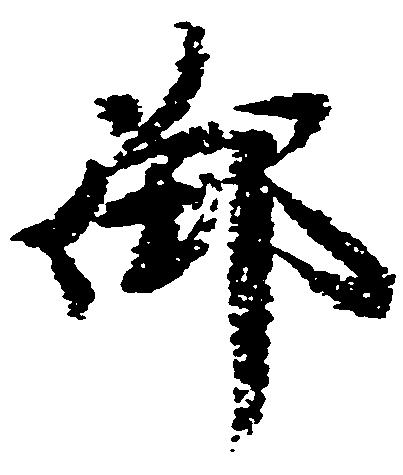
御